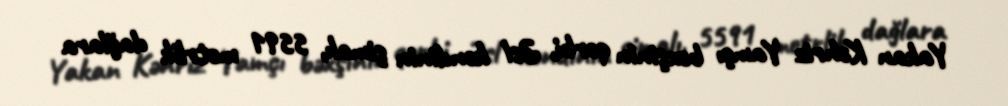
Yakan Kəhriz Yamçı bəxşinin qərbi, Əsl kəndinin şimalı, 5591 metrlik dağlara